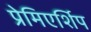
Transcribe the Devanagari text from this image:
प्रेमिएर्शिप